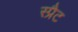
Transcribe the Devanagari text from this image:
स्प्रैट